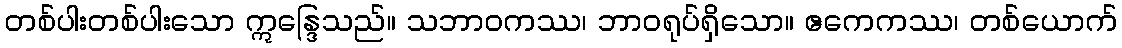
တစ်ပါးတစ်ပါးသော ဣန္ဒြေသည်။ သဘာဝကဿ၊ ဘာဝရုပ်ရှိသော။ ဧကေကဿ၊ တစ်ယောက်